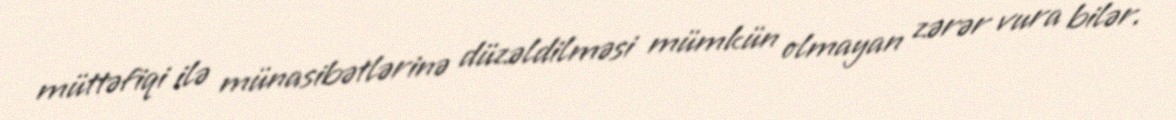
müttəfiqi ilə münasibətlərinə düzəldilməsi mümkün olmayan zərər vura bilər.